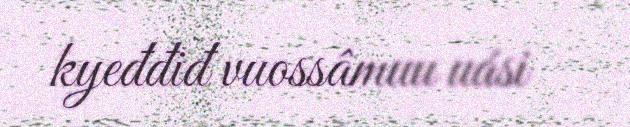
kyeđđiđ vuossâmuu uási